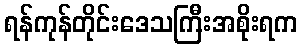
ရန်ကုန်တိုင်းဒေသကြီးအစိုးရက